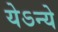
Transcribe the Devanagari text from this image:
येऽन्ये